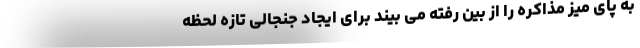
به پای میز مذاکره را از بین رفته می بیند برای ایجاد جنجالی تازه لحظه